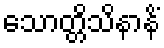
သောတ္တိသိနာနိံ